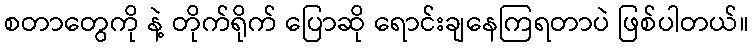
စတာတွေကို နဲ့ တိုက်ရိုက် ပြောဆို ရောင်းချနေကြရတာပဲ ဖြစ်ပါတယ်။